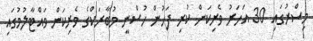
މިސްރުގައި 30 އަހަރު ވެރިކަން ކުރި ފަހުން ހުސްނީ މުބާރަކްގެ ވެރިކަން ވައްޓާލުމުގައި